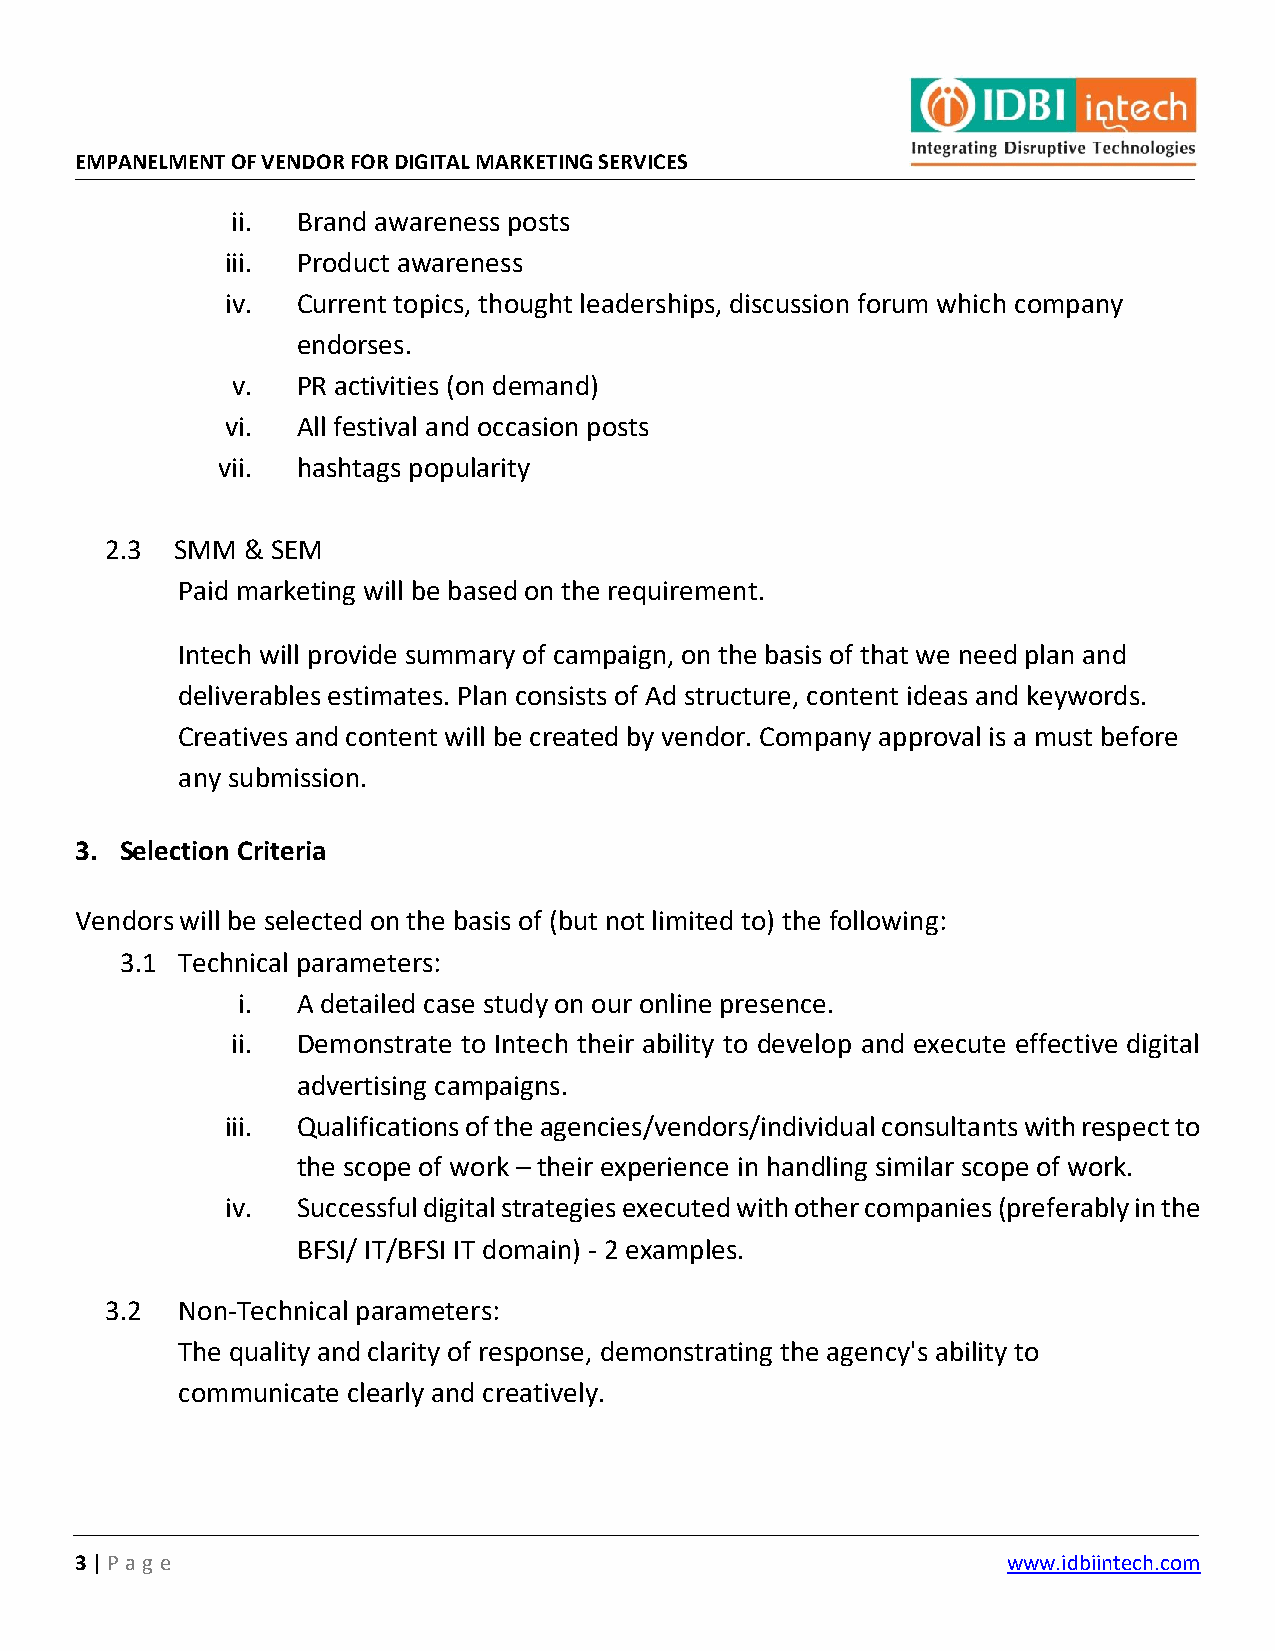
EMPANELMENT OF VENDOR FOR DIGITAL MARKETING SERVICES
 ii.  Brand awareness posts
 iii. Product awareness
 iv.  Current topics, thought leaderships, discussion forum which company
 endorses.
 v.   PR activities (on demand)
 vi.  All festival and occasion posts
 vii.  hashtags popularity
 2.3  SMM & SEM
 Paid marketing will be based on the requirement.
 Intech will provide summary of campaign, on the basis of that we need plan and
 deliverables estimates. Plan consists of Ad structure, content ideas and keywords.
 Creatives and content will be created by vendor. Company approval is a must before
 any submission.
 3. Selection Criteria
 Vendors will be selected on the basis of (but not limited to) the following:
 3.1 Technical parameters:
 i.  A detailed case study on our online presence.
 ii.  Demonstrate to Intech their ability to develop and execute effective digital
 advertising campaigns.
 iii. Qualifications of the agencies/vendors/individual consultants with respect to
 the scope of work – their experience in handling similar scope of work.
 iv.  Successful digital strategies executed with other companies (preferably in the
 BFSI/ IT/BFSI IT domain) - 2 examples.
 3.2  Non-Technical parameters:
 The quality and clarity of response, demonstrating the agency's ability to
 communicate clearly and creatively.
 3 | P ag e                                                    www.idbiintech.com